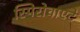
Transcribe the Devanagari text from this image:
स्पिरोचाएटे